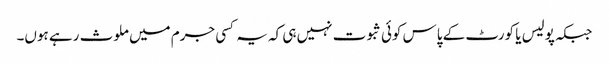
جبکہ پولیس یا کورٹ کے پاس کوئی ثبوت نہیں ہی کہ یہ کسی جرم میں ملوث رہے ہوں۔